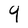
Character: 9